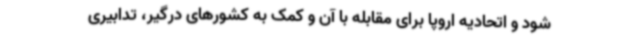
شود و اتحادیه اروپا برای مقابله با آن و کمک به کشورهای درگیر، تدابیری